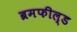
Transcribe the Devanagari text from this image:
ब्रमफील्ड